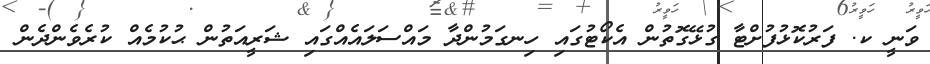
ވަނީ ކ. ފަރުކޮޅުފުށްޓާ ގުޅޭގޮތުން އެކޯޓުގައި ހިނގަމުންދާ މައްސަލައެއްގައި ޝަރީއަތުން ޙުކުމެއް ކުރެވެންދެން